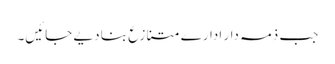
جب ذمہ دار ادارے متنازع بنا دیے جائیں۔